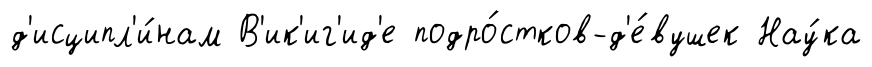
д'исципл'и́нам В'ик'иг'ид'е подро́стков-д'е́вушек Нау́ка